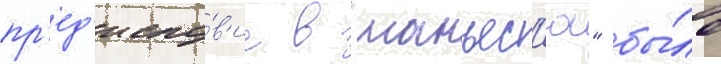
пр'ед'исло́в'ие в "манъес'ю" бы́ло